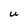
Character: U